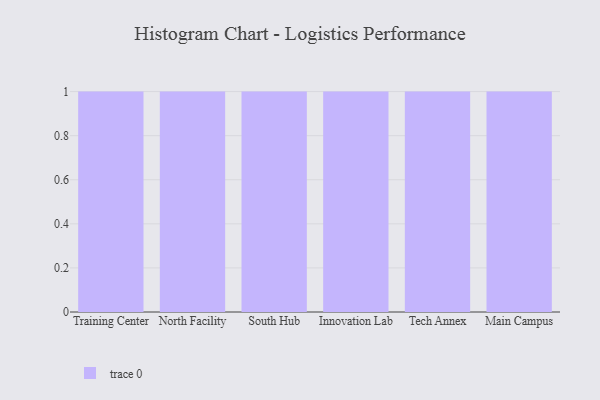
{"axis": {"x": "Campus", "y": "Satisfaction Score"}, "legend": [""], "data": [{"x": "Training Center", "y": 55, "type": ""}, {"x": "North Facility", "y": 6, "type": ""}, {"x": "South Hub", "y": 60, "type": ""}, {"x": "Innovation Lab", "y": 58, "type": ""}, {"x": "Tech Annex", "y": 14, "type": ""}, {"x": "Main Campus", "y": 74, "type": ""}]}